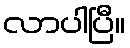
လာပါပြီ။